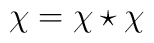
\chi = \chi \star \chi